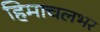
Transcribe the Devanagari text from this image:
हिमाचलभर